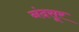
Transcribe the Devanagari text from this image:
नंदसूर